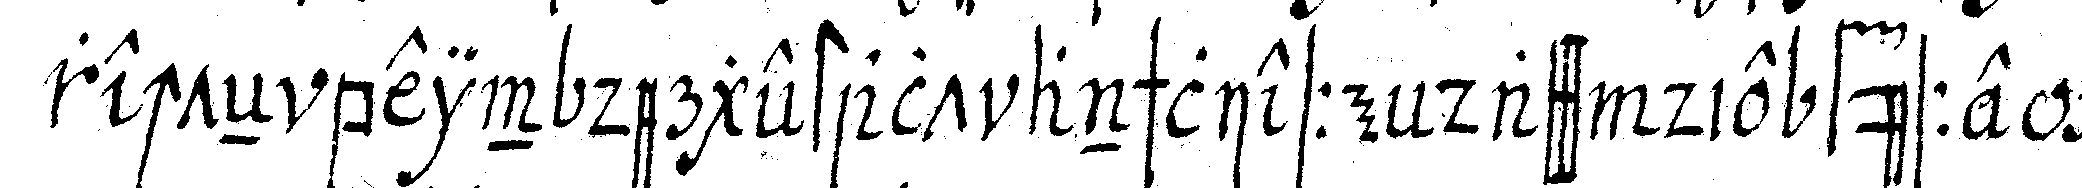
rechteN bein dergestalt anschliesse dass die füsse